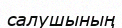
салушының